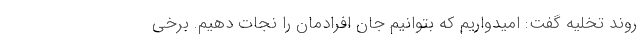
روند تخلیه گفت: امیدواریم که بتوانیم جان افرادمان را نجات دهیم. برخی